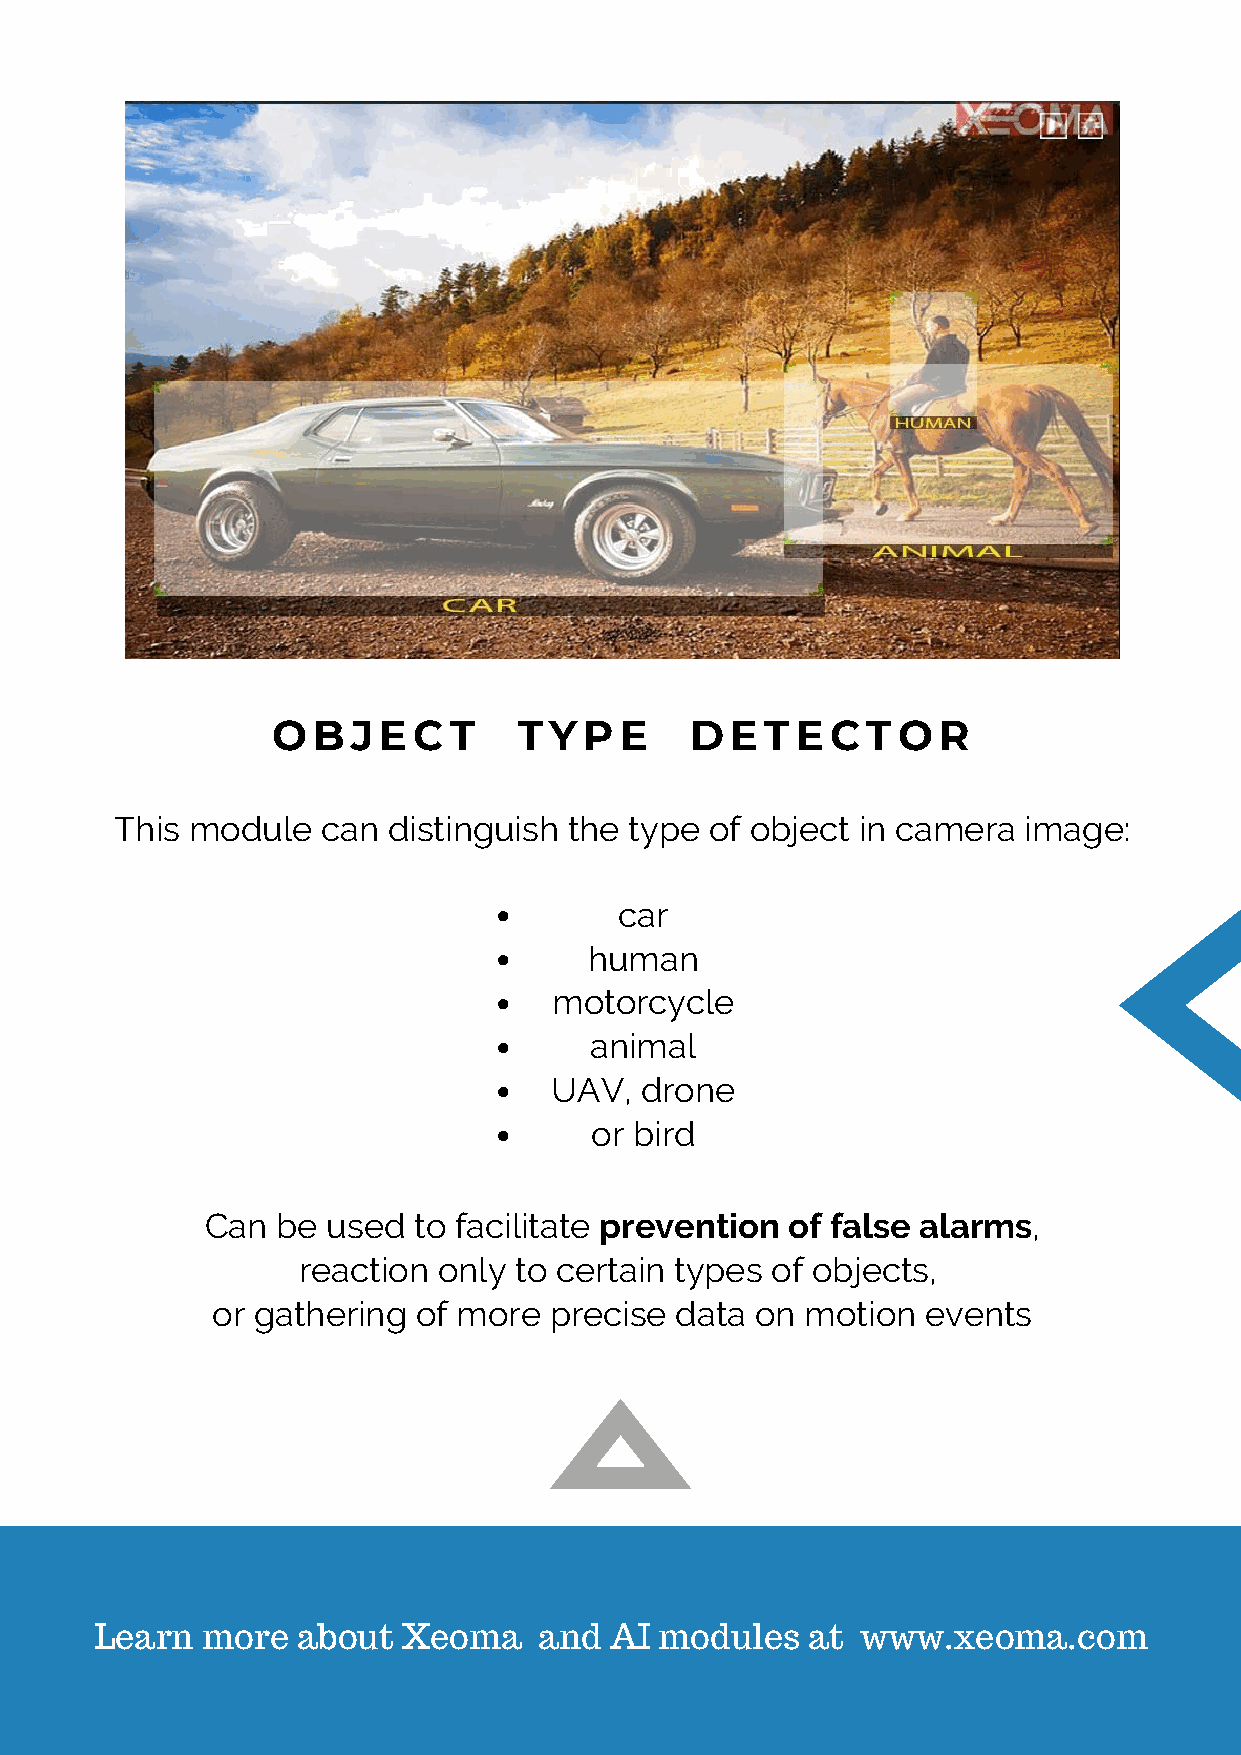
OBJECT          TYPE        DETECTOR
 This module  can  distinguish the type of object in camera  image:
 car
 human
 motorcycle
 animal
 UAV,  drone
 or bird
 Can be  used to facilitate prevention of false alarms,
 reaction only to certain types of objects,
 or gathering  of more precise  data on motion  events
 Learn  more   about  Xeoma    and AI  modules   at www.xeoma.com